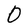
Character: O